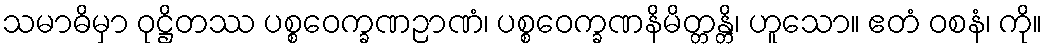
သမာဓိမှာ ဝုဋ္ဌိတဿ ပစ္စဝေက္ခဏဉာဏံ၊ ပစ္စဝေက္ခဏနိမိတ္တန္တိ၊ ဟူသော။ ဧတံ ဝစနံ၊ ကို။